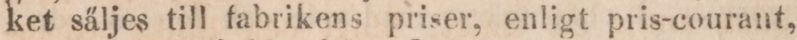
ket säljes till fabrikens priser, enligt pris-courant,